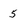
Character: 5